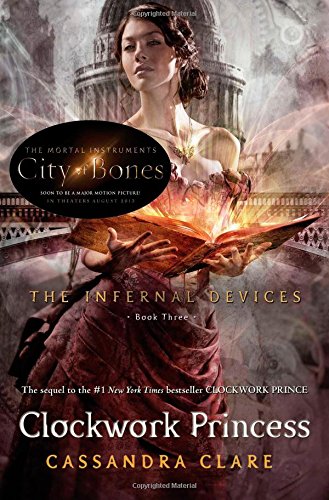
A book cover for Clockwork Princess (The Infernal Devices); Cassandra Clare; Teen & Young Adult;